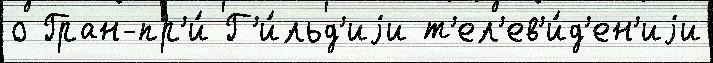
о Гран-пр'и́ Г'и́льд'иjи т'ел'ев'и́д'ен'иjи